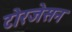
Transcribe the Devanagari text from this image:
टोरजेसन